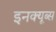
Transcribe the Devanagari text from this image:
इनक्यूब्स